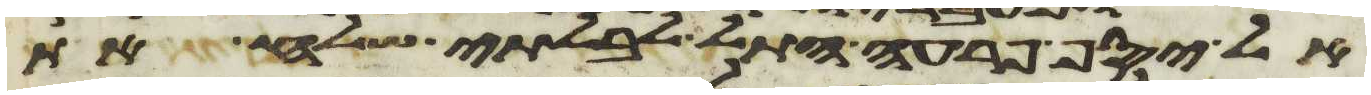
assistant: אל יסף פרעה התל לבלתי שלח את